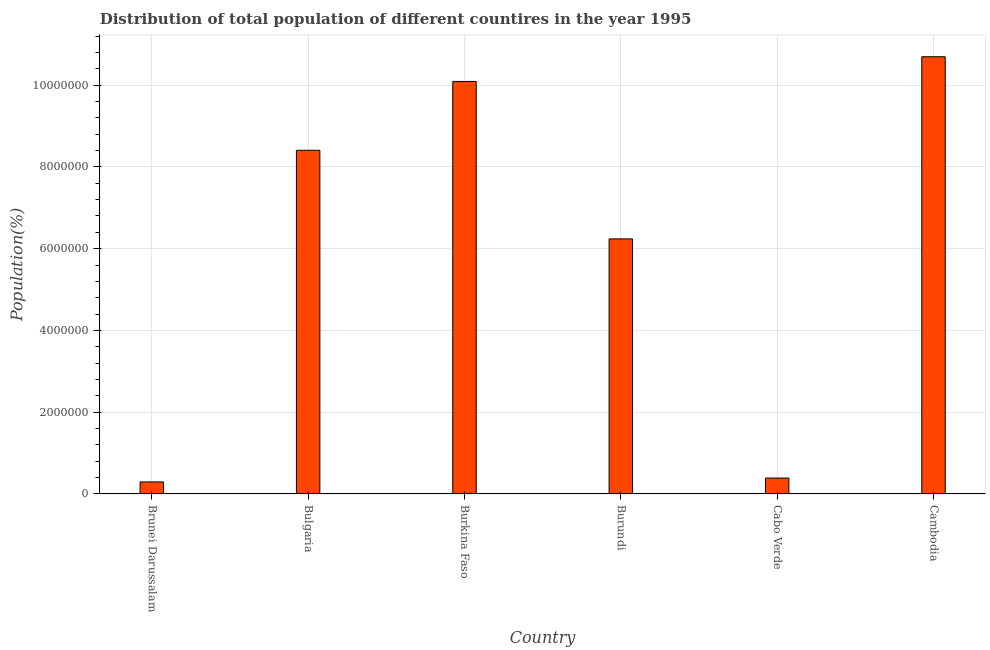
| Country | Total |
 | --- | --- |
 | Brunei Darussalam | 2.95e+05 |
 | Bulgaria | 8.41e+06 |
 | Burkina Faso | 1.01e+07 |
 | Burundi | 6.24e+06 |
 | Cabo Verde | 3.89e+05 |
 | Cambodia | 1.07e+07 |